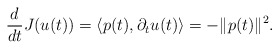
\begin{align*} \frac{d}{dt} J(u(t)) = \langle p(t) , \partial_t u(t) \rangle = - \Vert p(t) \Vert^2. \end{align*}